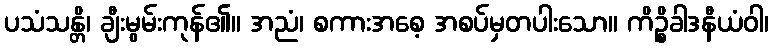
ပသံသန္တိ၊ ချီးမွမ်းကုန်၏။ အညံ၊ စကားအစေ့ အစပ်မှတပါးသော။ ကိဉ္စိခါဒနီယံဝါ၊